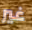
غير